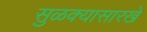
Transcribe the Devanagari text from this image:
सुळक्यासारखे